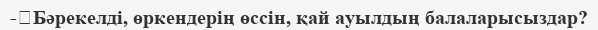
-	Бәрекелді, өркендерің өссін, қай ауылдың балаларысыздар?